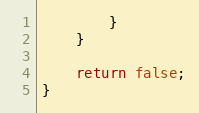
Language: C++
		}
	}

	return false;
}